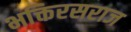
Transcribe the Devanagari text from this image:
भक्तिरसराज